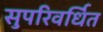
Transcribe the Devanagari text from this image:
सुपरिवर्धित